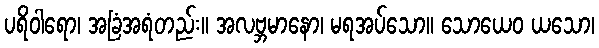
ပရိဝါရော၊ အခြံအရံတည်း။ အလဗ္ဘမာနော၊ မရအပ်သော။ သောယေဝ ယသော၊